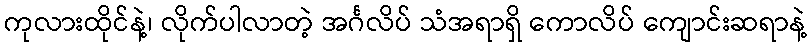
ကုလားထိုင်နဲ့၊ လိုက်ပါလာတဲ့ အင်္ဂလိပ် သံအရာရှိ ကောလိပ် ကျောင်းဆရာနဲ့